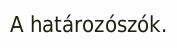
A határozószók.